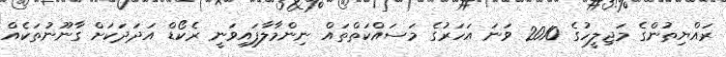
ރައްޔިތުންގެ މަޖިލީހުގެ 2010 ވަނަ އަހަރުގެ މަސައްކަތްތައް ނިންމާލާފައިވަނީ ރެކޯޑް އަދަދަކަށް ގާނޫނުތަކެއް